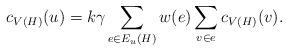
LaTeX: \begin{align*} c_{V(H)}(u)=k\gamma \sum\limits_{e\in E_u(H)}w(e)\sum\limits_{v\in e}c_{V(H)}(v). \end{align*}